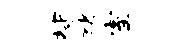
背猪室